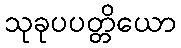
သုခုပပတ္တိယော